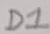
Text: D1